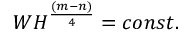
W H ^ { \frac { ( m - n ) } { 4 } } = c o n s t .